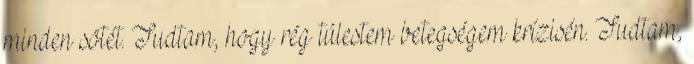
minden sötét. Tudtam, hogy rég túlestem betegségem krízisén. Tudtam,